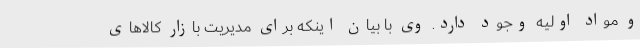
و مواد اولیه وجود دارد. وی با بیان اینکه برای مدیریت بازار کالاهای